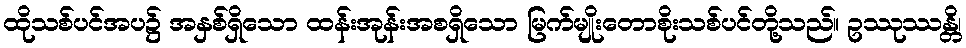
ထိုသစ်ပင်အပ၌ အနှစ်ရှိသော ထန်းအုန်းအစရှိသော မြက်မျိုးတောစိုးသစ်ပင်တို့သည်။ ဥဿုဿန္တိ၊